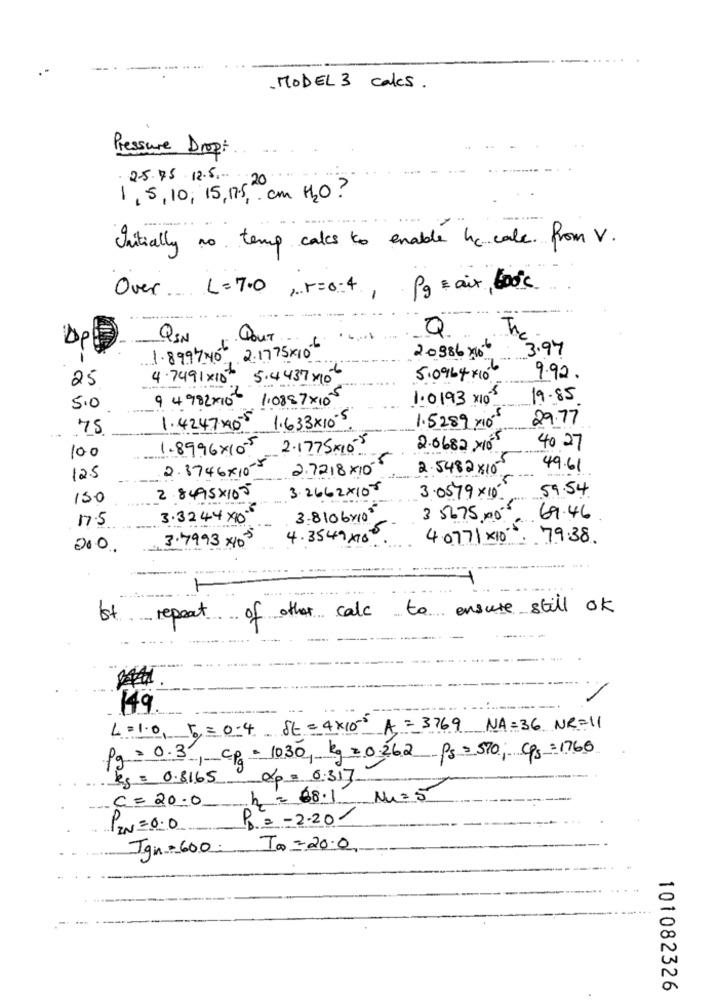
. MODEL 3 cales.
Pressure Dropi
25.75 12.5.
1,5,10, 15,175 ,. cm H2O ?
Initially no temp cakes to enable he cale. from V.
Over .... L=7.0 ,. P= 0-4, Pg & aix, 600℃
Q
QSN
DOUT ...
20986 x66
3.97
1.899 7,40 2.1775X10
25
4. 7491 x 10 5.4437 x10
5.0964X106
9.92.
9 4 982X10 1,0887x 10
1.01.93 ×105
19.85
5.0
1.5289 x105
29.77
75
1.4247.20 1.633×10-5
100
1.8996×10-5
2.1775×10-5
2.0682 ×105
40 27
2.3746x10-5
2.7218X10
2.5482 x10
49.61
125
3.2662X108
59.54
150
2 8495×105
3.0579x10
17.5
3 .32 44 X10
3. 8 106x103
3 5675,00, 69.46
4.3549 x10
40771 X10 79.38
200.
3.7993 X10
Ist repeat of other calc to ensure still ok
149
L=1.0, p = 0.4 st = 4×100 A =3769 NA=36 NR=11
Pg= 0.3', cp = 1030, kg = 0.262 ps = 570; cps=1766
kg= 0.8165
&p = 6.317 -
C= 20.0
h= 68.1 N=5
P= - 2.20-
PEN=0.0
Ign =600: To =20.0
101082326